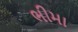
ભીમા